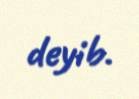
deyib.